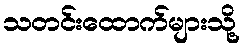
သတင်းထောက်များသို့